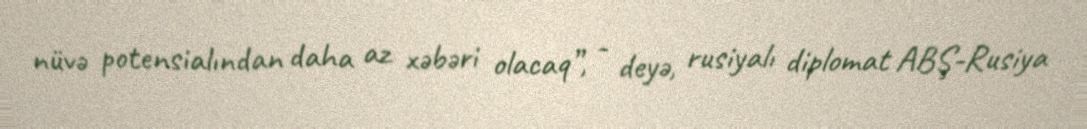
nüvə potensialından daha az xəbəri olacaq”, - deyə, rusiyalı diplomat ABŞ-Rusiya